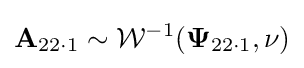
{\mathbf {A} }_{22\cdot 1}\sim {\mathcal {W}}^{-1}({\mathbf {\Psi } }_{22\cdot 1},\nu )